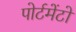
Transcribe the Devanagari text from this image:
पोर्टमेंटो